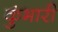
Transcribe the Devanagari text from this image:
कुंभारी